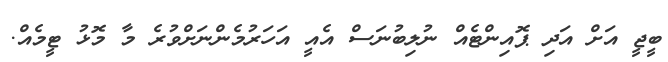
ބީޖީ އަށް އަދި ޕޮއިންޓެއް ނުލިބުނަސް އެއީ އަހަރުމެންނަށްވުރެ މާ މޮޅު ޓީމެއް.